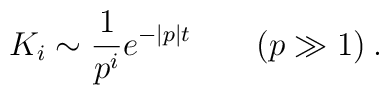
K_{i}\sim \frac{1}{p^{i}}e^{-|p|t}\qquad (p\gg 1)\: .